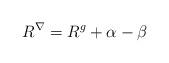
LaTeX: \begin{align*}R^\nabla=R^g + \alpha - \beta\end{align*}